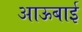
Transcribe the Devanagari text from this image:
आऊबाई